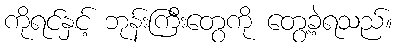
ကိုရင်နှင့် ဘုန်းကြီးတွေကို တွေ့ခဲ့ရသည်။